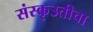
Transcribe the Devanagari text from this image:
संस्कृउतीचा